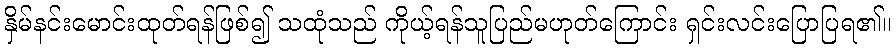
နှိမ်နင်းမောင်းထုတ်ရန်ဖြစ်၍ သထုံသည် ကိုယ့်ရန်သူပြည်မဟုတ်ကြောင်း ရှင်းလင်းပြောပြရ၏။